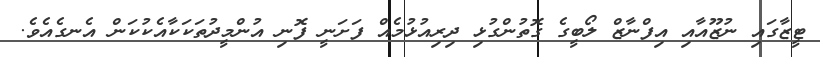
ޓީޒާގައި ނުޒޫއާއި އިފްނާޒް ލޯބީގެ ގޮތުންގުޅި ދިރިއުޅުމެއް ފަށަނީ ފޮނި އުންމީދުތަކަކާއެކުކަން އެނގެއެވެ.